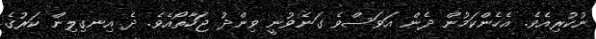
ނުކުރިއެވެ. އެހެންކަމުން ދެން އަވަސްވެ ގަނެވުނީ ވިންދު ޖަހާތޯއެވެ. ދެ އިނގިލިން ކަރުގެ